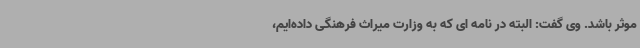
موثر باشد. وی گفت: البته در نامه ای که به وزارت میراث فرهنگی داده‌ایم،